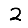
Digit: 2